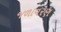
જળાવરણ